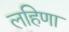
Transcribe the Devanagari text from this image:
लहिणा